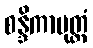
စန္ဒိကာပုတ္တံ